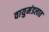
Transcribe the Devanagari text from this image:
वायुमंडलात